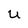
Character: U